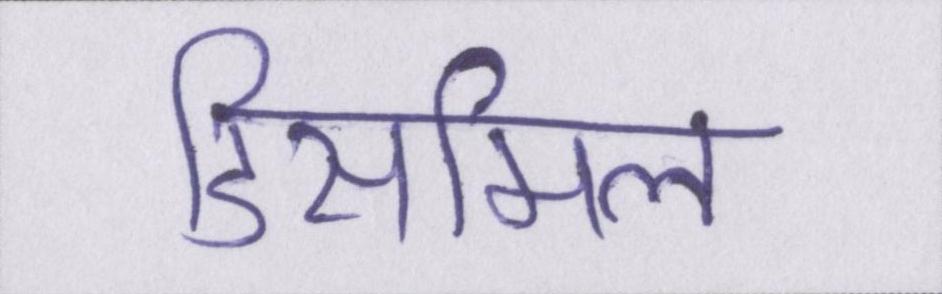
डिसमिल